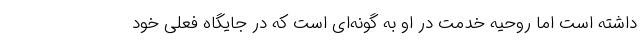
داشته است اما روحیه خدمت در او به گونه‌ای است که در جایگاه فعلی خود